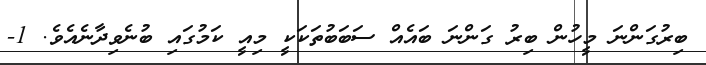
ބިރުގަންނަ މީހުން ބިރު ގަންނަ ބައެއް ސަބަބުތަކަކީ މިއީ ކަމުގައި ބުނެވިދާނެއެވެ. 1-